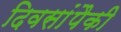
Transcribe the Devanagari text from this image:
दिवसांंपैकी